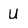
Character: u